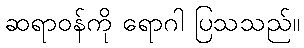
ဆရာဝန်ကို ရောဂါ ပြသသည်။